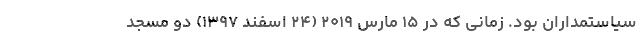
سیاستمداران بود. زمانی که در ۱۵ مارس ۲۰۱۹ (۲۴ اسفند ۱۳۹۷) دو مسجد